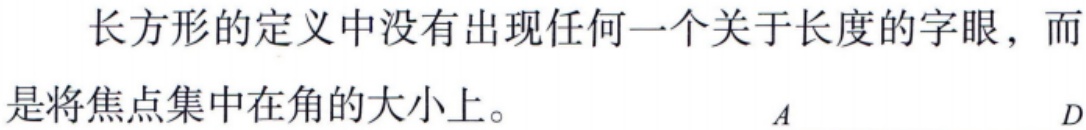
长方形的定义中没有出现任何一个关于长度的字眼，而是将焦点集中在角的大小上。

$A$ $D$